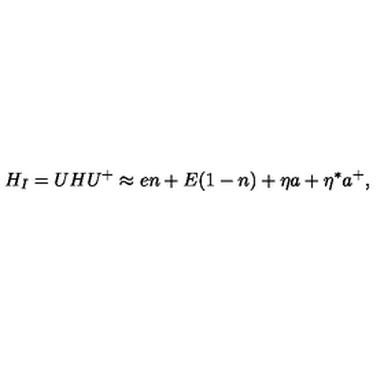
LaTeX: H _ { I } = U H U ^ { + } \approx e n + E ( 1 - n ) + \eta a + \eta ^ { * } a ^ { + } ,